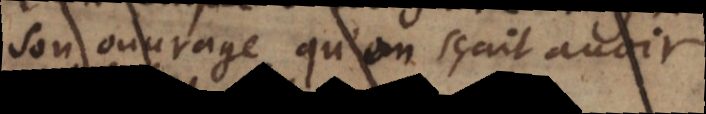
son ouvrage, qu’on sçait avoir